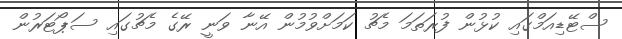
ސްޓޭޑިއަމްގައި ކުޅުން ފުރަތަމަ މެޗު ކަމަށްވުމުން އޭނާ ވަނީ ރޭގެ މެޗުގައި ސަޕޯޓަރުން